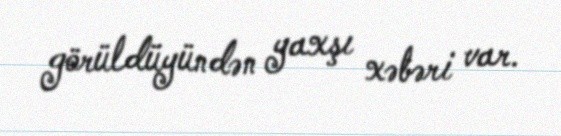
görüldüyündən yaxşı xəbəri var.